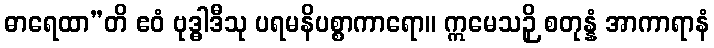
ဓာရေထာ”တိ ဧဝံ ဗုဒ္ဓါဒီသု ပရမနိပစ္စာကာရော။ ဣမေသဉှိ စတုန္နံ အာကာရာနံ